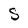
Character: S